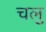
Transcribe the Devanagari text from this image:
चलु